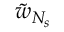
\tilde { w } _ { N _ { s } }